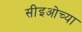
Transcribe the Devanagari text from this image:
सीइओच्या